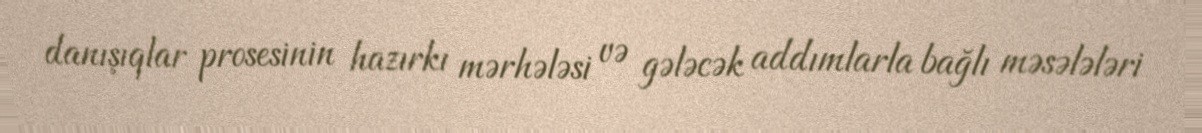
danışıqlar prosesinin hazırkı mərhələsi və gələcək addımlarla bağlı məsələləri